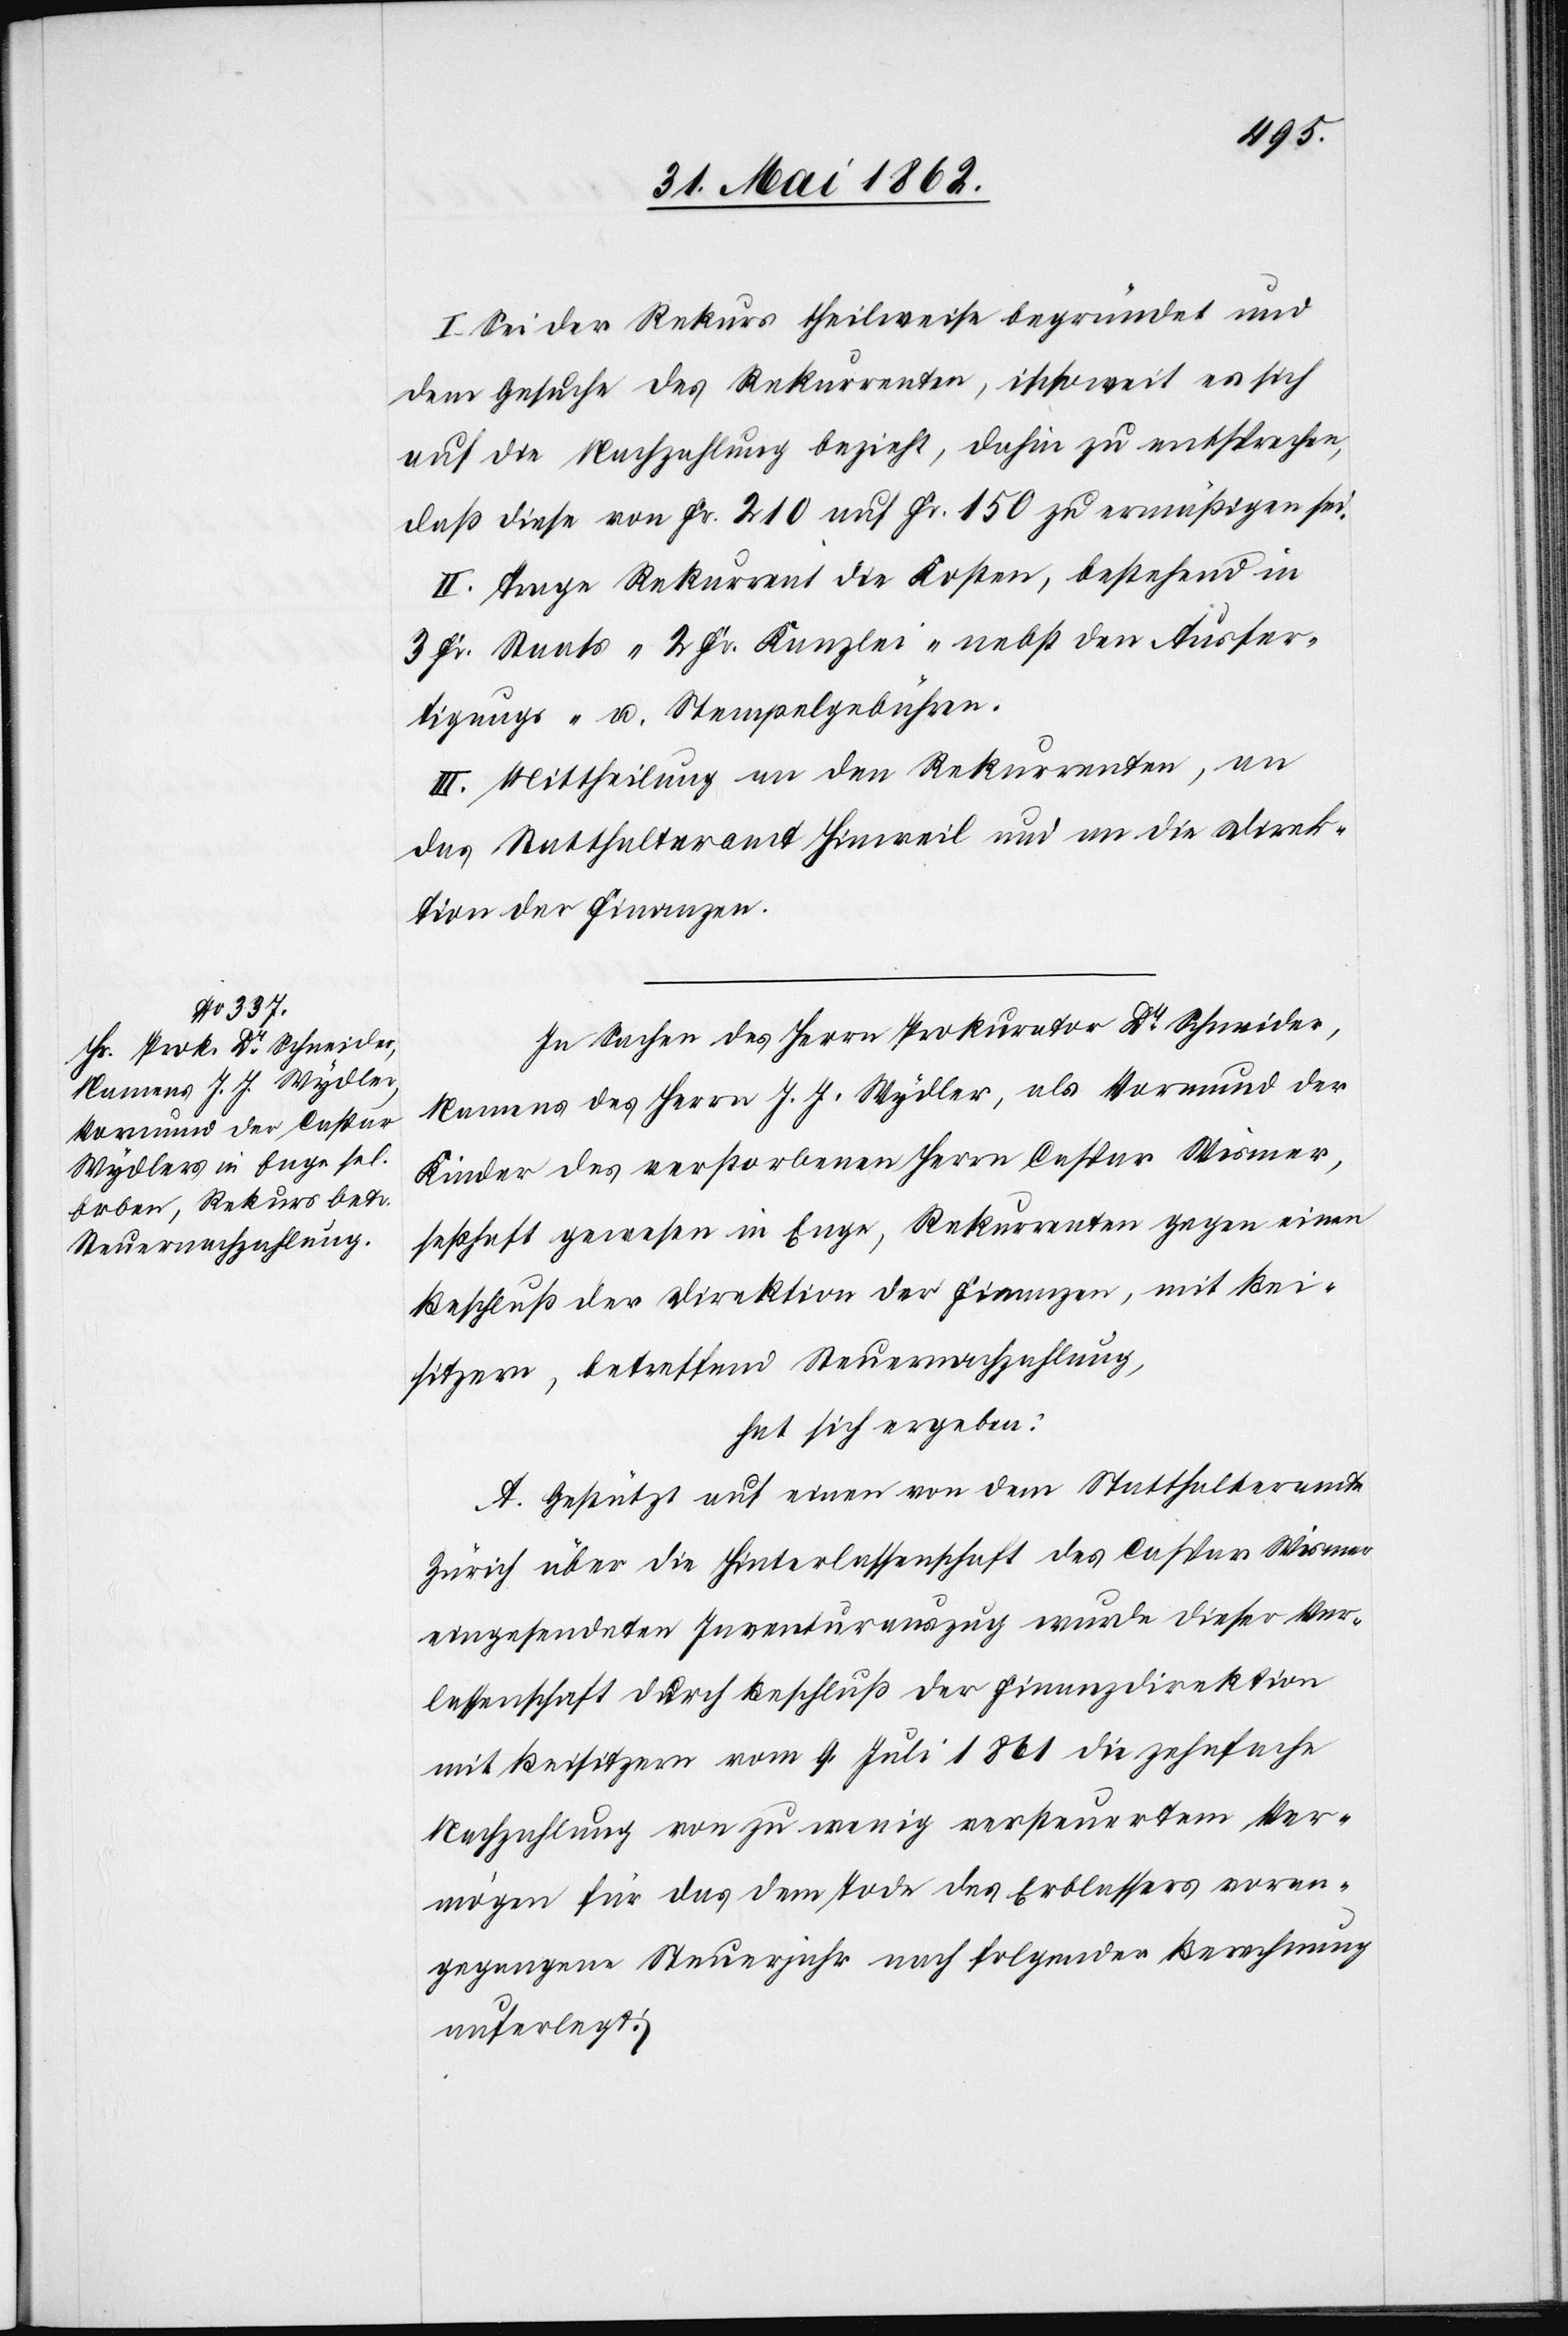
I. Sei der Rekurs theilweise begründet und
dem Gesuche des Rekurrenten, insoweit es sich
auf die Nachzahlung bezieht, dahin zu entsprechen,
daß diese von Fr. 210 auf Fr. 150 zu ermäßigen sei.
II. Trage Rekurrent die Kosten, bestehend in
3 Fr. Staats-[,] 2 Fr. Kanzlei- nebst den Ausfer¬
tigungs- u. Stempelgebühren.
III. Mittheilung an den Rekurrenten, an
das Statthalteramt Hinweil und an die Direk¬
tion der Finanzen.
In Sachen des Herrn Prokurator Dr. Schneider,
Namens des Herrn J. J. Wydler, als Vormund der
Kinder des verstorbenen Herrn Caspar Wismer,
seßhaft gewesen in Enge, Rekurrenten gegen einen
Beschluß der Direktion der Finanzen, mit Bei¬
sitzern, betreffend Steuernachzahlung,
hat sich ergeben:
A. Gestützt auf einen von dem Statthalteramte
Zürich über die Hinterlassenschaft des Caspar Wismer
eingesendeten Inventurauszug wurde dieser Ver¬
lassenschaft durch Beschluß der Finanzdirektion
mit Besitzern vom 9. Juli 1861 die zehnfache
Nachzahlung von zu wenig versteuertem Ver¬
mögen für das dem Tode des Erblasers voran¬
gegangene Steuerjahr nach folgender Berechnung
auferlegt: